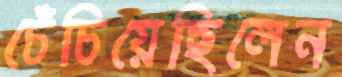
চেঁচিয়েছিলেন